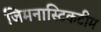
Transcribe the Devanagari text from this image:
जिमनास्टिकटीम